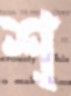
শ্